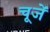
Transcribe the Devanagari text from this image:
चूजें